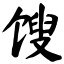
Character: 馊